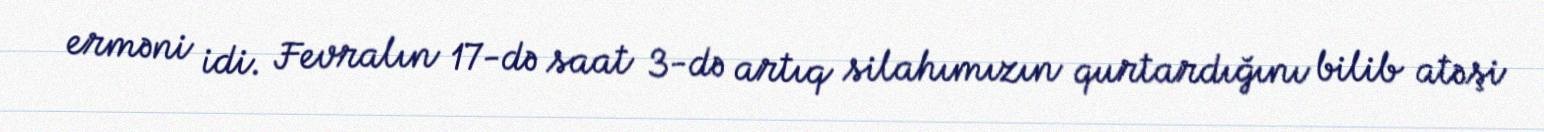
erməni idi. Fevralın 17-də saat 3-də artıq silahımızın qurtardığını bilib atəşi